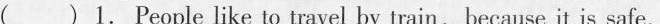
( ) 1.People like to travel by train, because it is safe.